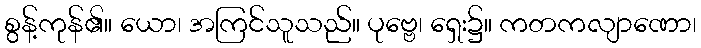
စွန့်ကုန်၏။ ယော၊ အကြင်သူသည်။ ပုဗ္ဗေ၊ ရှေး၌။ ကတကလျာဏော၊